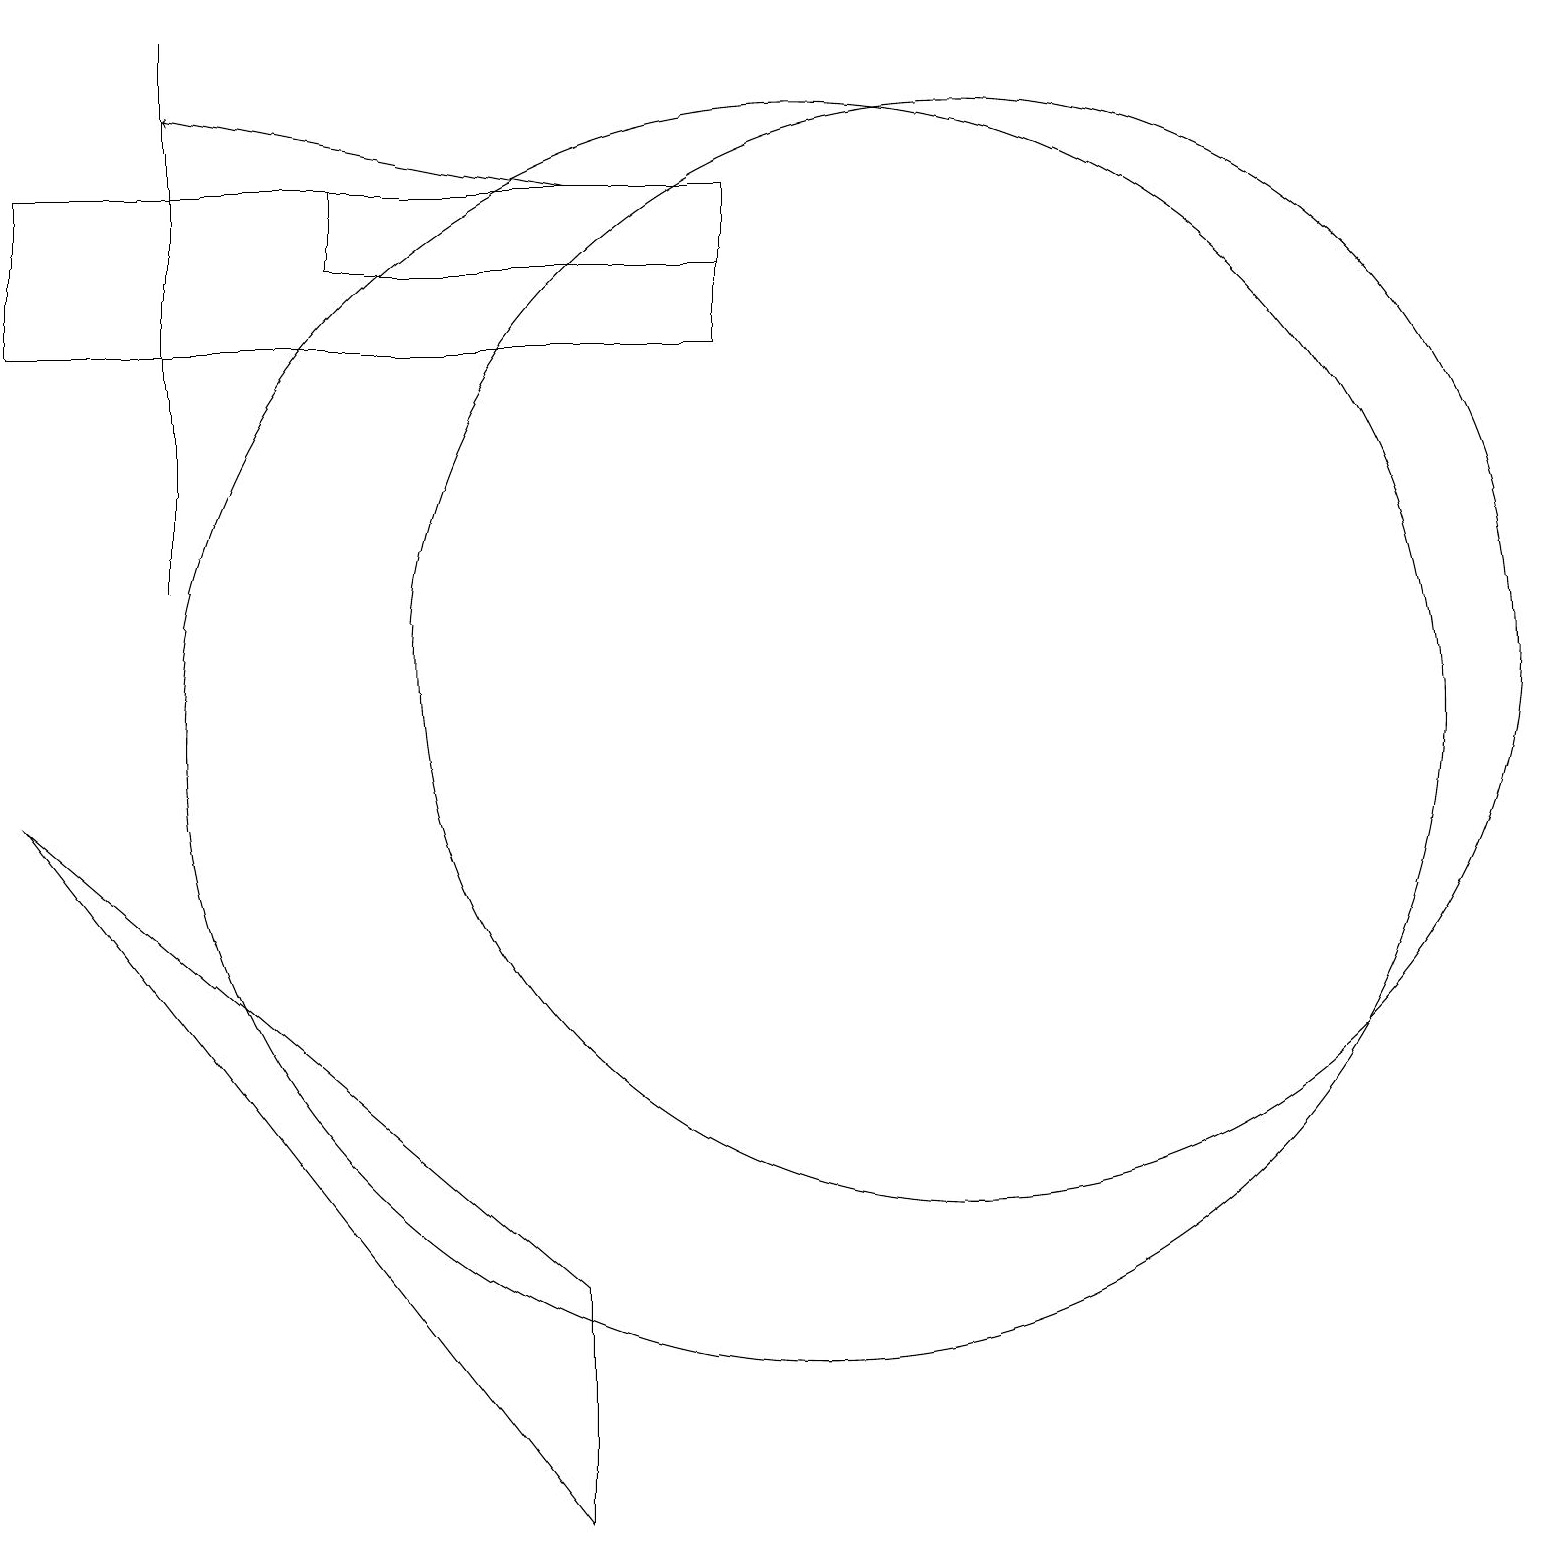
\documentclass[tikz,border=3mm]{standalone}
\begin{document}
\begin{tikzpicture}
\draw (0,9) -- (7,0) -- (7,3) -- cycle;
\draw (9,17) rectangle (0,15);
\draw[->] (7,17) -- (2,18);
\draw (12,11) circle (7);
\draw (2,19) rectangle (2,12);
\draw (10,10) circle (8);
\draw (4,16) rectangle (9,17);
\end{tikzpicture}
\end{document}